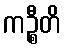
ကဉ္စီတိ